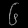
Digit: ၆